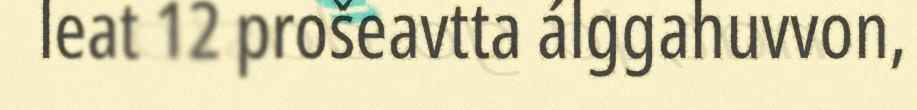
leat 12 prošeavtta álggahuvvon,